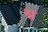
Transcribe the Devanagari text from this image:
श्न